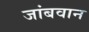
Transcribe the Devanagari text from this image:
जांबवान